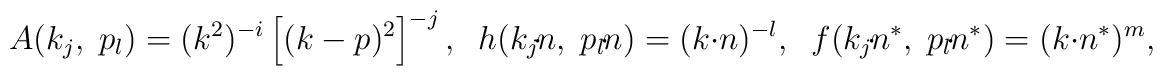
A(k_j,\;p_l) =(k^2)^{-i}\left[(k-p)^2\right]^{-j}, \;\; h(k_j\!\cdot\!n,\;p_l\!\cdot\!n) =(k\cdot n)^{-l},\;\; f(k_j\!\cdot\!n^*,\;p_l\!\cdot\!n^*) = (k\cdot n^*)^m,